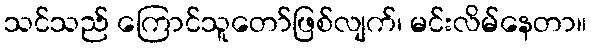
သင်သည် ကြောင်သူတော်ဖြစ်လျက်၊ မင်းလိမ်နေတာ။